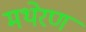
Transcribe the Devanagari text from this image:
मथेरण